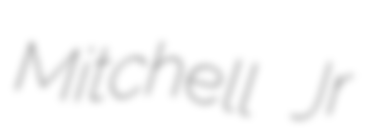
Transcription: Mitchell Jr